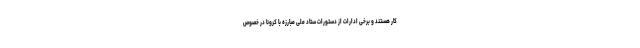
کار هستند و برخی ادارات از دستورات ستاد ملی مبارزه با کرونا در خصوص